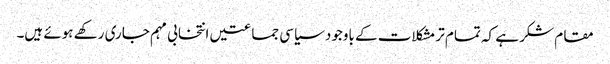
مقام شکر ہے کہ تمام تر مشکلات کے باوجود سیاسی جماعتیں انتخابی مہم جاری رکھے ہوئے ہیں۔